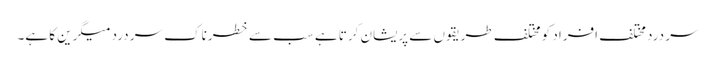
سر درد مختلف افراد کو مختلف طریقوں سے پریشان کرتا ہے سب سے خطرناک سر درد میگرین کا ہے۔